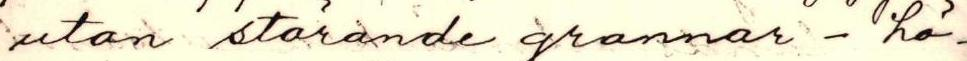
utan störande grammar - hö-